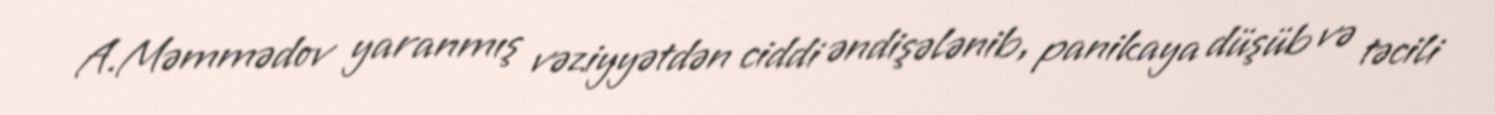
A.Məmmədov yaranmış vəziyyətdən ciddi əndişələnib, panikaya düşüb və təcili